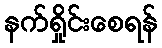
နက်ရှိုင်းစေရန်